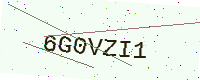
Text: 6G0VZI1